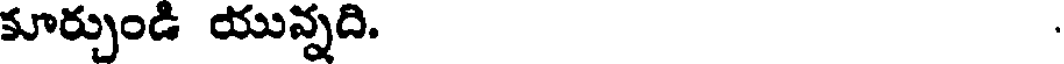
కూర్చుండి యున్నది.